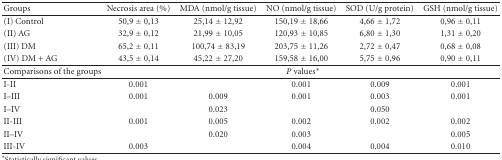
| Groups | Necrosis area (%) | MDA (nmol/g tissue) | NO (nmol/g tissue) | SOD (U/g protein) | GSH (nmol/g tissue) |
 | --- | --- | --- | --- | --- | --- |
 | (I) Control | 50,9 ± 0,13 | 25,14 ± 12,92 | 150,19 ± 18,66 | 4,66 ± 1,72 | 0,96 ± 0,11 |
 | (II) AG | 32,9 ± 0,12 | 21,99 ± 10,05 | 120,93 ± 10,85 | 6,80 ± 1,30 | 1,31 ± 0,20 |
 | (III) DM | 65,2 ± 0,11 | 100,74 ± 83,19 | 203,75 ± 11,26 | 2,72 ± 0,47 | 0,68 ± 0,08 |
 | (IV) DM + AG | 43,5 ± 0,14 | 45,22 ± 27,20 | 159,58 ± 16,00 | 5,75 ± 0,96 | 0,90 ± 0,11 |
 | Comparisons of the groups | <COLSPAN=5> P values* |
 | I-II | 0.001 |  | 0.001 | 0.009 | 0.001 |
 | I–III | 0.001 | 0.009 | 0.001 | 0.003 | 0.001 |
 | I–IV |  | 0.023 |  | 0.050 |  |
 | II-III | 0.001 | 0.005 | 0.002 | 0.002 | 0.002 |
 | II–IV |  | 0.020 | 0.003 |  | 0.005 |
 | III-IV | 0.003 |  | 0.004 | 0.004 | 0.010 |